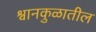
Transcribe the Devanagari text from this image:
श्वानकुळातील